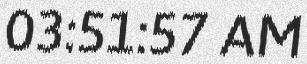
03:51:57 AM